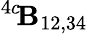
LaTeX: ^{4c}\! {\cal\mathbf{B}}_{12,34}